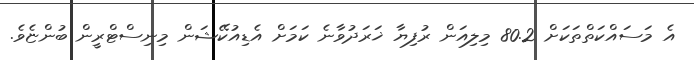
އެ މަސައްކަތްތަކަށް 80.2 މިލިއަން ރުފިޔާ ޚަރަދުވާނެ ކަމަށް އެޑިއުކޭޝަން މިނިސްޓްރީން ބުންޏެވެ.